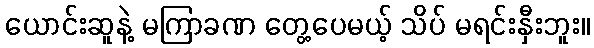
ယောင်းဆူနဲ့ မကြာခဏ တွေ့ပေမယ့် သိပ် မရင်းနှီးဘူး။